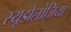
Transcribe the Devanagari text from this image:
स्यूडोलोजिया